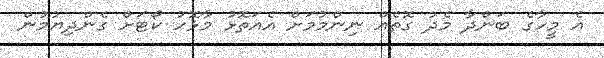
އެ މީހާގެ ބަންދާ މެދު ގޮތެއް ނިންމުމަށް އެއަތޮޅު މާޅޮހު ކޯޓަށް ގެންދިޔުމުން